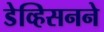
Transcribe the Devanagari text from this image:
डेव्हिसनने